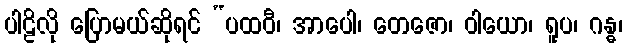
ပါဠိလို ပြောမယ်ဆိုရင် “ပထဝီ၊ အာပေါ၊ တေဇော၊ ဝါယော၊ ရူပ၊ ဂန္ဓ၊